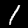
Digit: 1